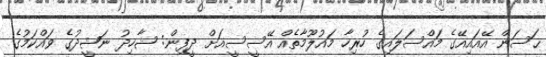
ޙަސަން އޭއައިއޭގެ މައްސަލައިގެ ހުރިހާ މައުލޫމާތެއް އޭސީސީއަށް ދީފިން: ޝާހިދު ނަޝީދުގެ ވައްކަމުގެ